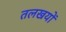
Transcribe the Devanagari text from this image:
तलखयों